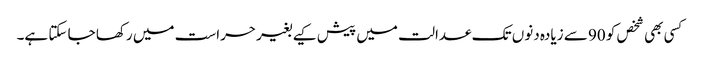
کسی بھی شخص کو 90 سے زیادہ دنوں تک عدالت میں پیش کیے بغیر حراست میں رکھا جا سکتا ہے۔